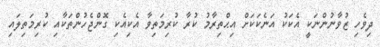
ދިވެހި ޒުވާނުންނަކީ އެކަކު އަނެކަކަށް އިޙްތިރާމު ކުރާ ކުރިމަތިވާ އެކިއެކި ގޮންޖެހުންތަކާއި ކުރިމަތިލައި